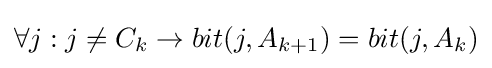
\forall j:j\neq C_{k}\rightarrow bit(j,A_{k+1})=bit(j,A_{k})